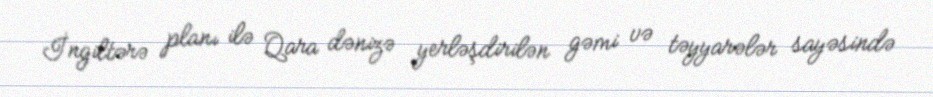
İngiltərə planı ilə Qara dənizə yerləşdirilən gəmi və təyyarələr sayəsində